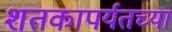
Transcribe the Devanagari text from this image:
शतकापर्यतच्या